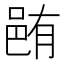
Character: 𨚼